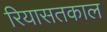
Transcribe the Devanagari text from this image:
रियासतकाल